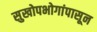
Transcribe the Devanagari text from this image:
सुखोपभोगांपासून